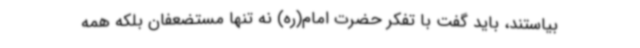
بیاستند، باید گفت با تفکر حضرت امام(ره) نه تنها مستضعفان بلکه همه